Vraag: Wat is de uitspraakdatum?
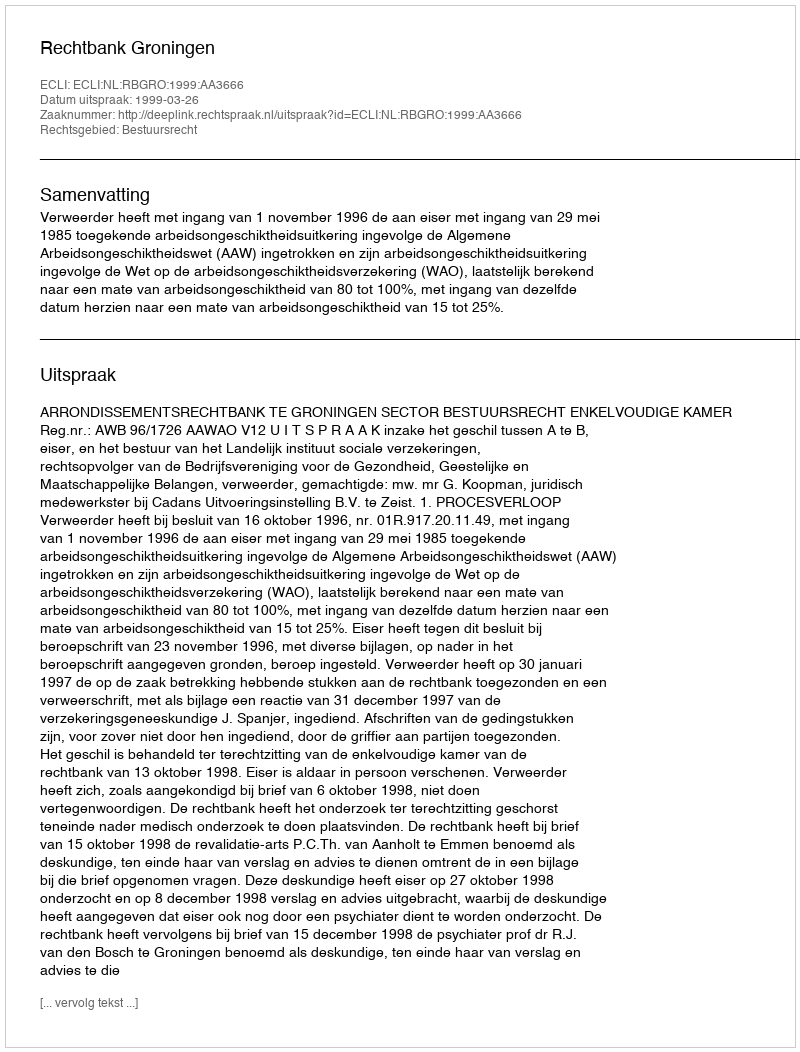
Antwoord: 1999-03-26